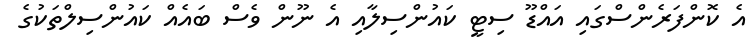
އެ ކޮންފަރެންސްގައި އައްޑޫ ސިޓީ ކައުންސިލާއި އެ ނޫން ވެސް ބައެއް ކައުންސިލްތަކުގެ